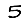
Digit: 5